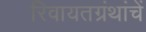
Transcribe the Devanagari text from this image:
रिवायतग्रंथांचें